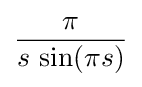
{\frac {\pi }{s\,\sin(\pi s)}}